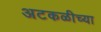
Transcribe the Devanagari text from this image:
अटकळीच्या